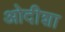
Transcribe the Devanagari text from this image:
ओदीशा